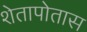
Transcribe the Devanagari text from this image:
शेतापोतास